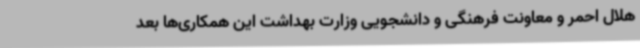
هلال احمر و معاونت فرهنگی و دانشجویی وزارت بهداشت این همکاری‌ها بعد